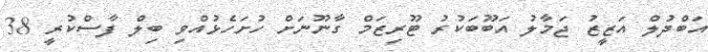
އަބްދުލް އަޒީޒު ޖަމާލު އަބޫބަކުރު ޓޫރިޒަމް ގާނޫނަށް ހުށަހެޅުއްވި ބިލް ފާސްކުރީ 38